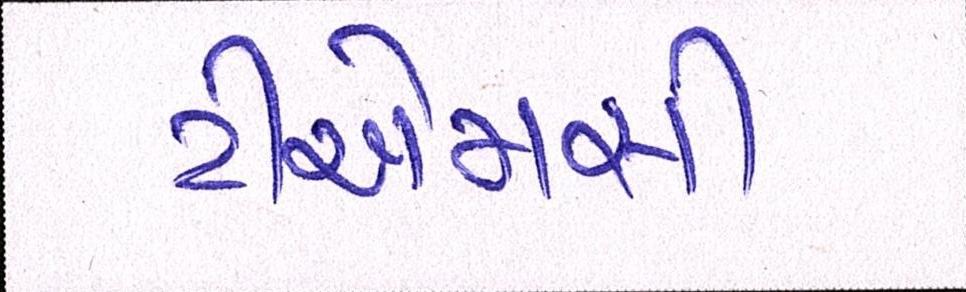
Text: ટીએમસી